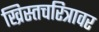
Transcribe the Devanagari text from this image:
ख्रिस्तचरित्रावर